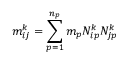
m _ { i j } ^ { k } = \sum _ { p = 1 } ^ { n _ { p } } m _ { p } N _ { i p } ^ { k } N _ { j p } ^ { k }